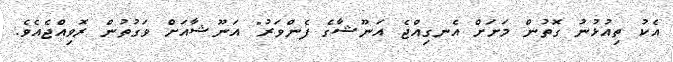
އެކު ތިއުޅުނު ގޮތުން މަށަށް އެނގިއްޖެ އަނޫޝާގެ ފެންވަރު" އަނޫޝާއަށް ވަގުތުން ރޮވިއްޖެއެވެ.